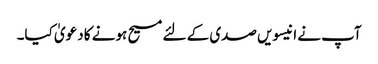
آپ نے انیسویں صدی کے لئے مسیح ہونے کا دعویٰ کیا۔